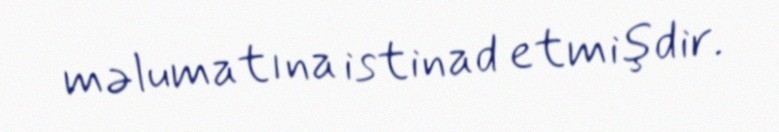
məlumatına istinad etmişdir.